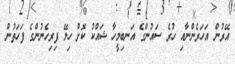
އޭރުން އަހަރެންނާއި ހުރެ ސައުންގެ އަނބިމީހާ ޝައްކު ކޮށް ހިލޭ ފިރިހެނުންގެ ފަހަތުން